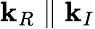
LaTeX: \mathbf{k}_{R}\parallel\mathbf{k}_{I}